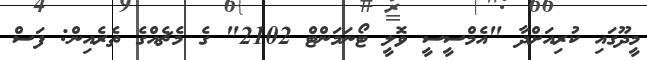
މީދޫގައި ކުރިއަށްދާ "އެމްސީސީ ވޮލީ ޓޯނަމަންޓް 2102" ގެ މެޗެއްގެ ތެރެއިން: ފަސް